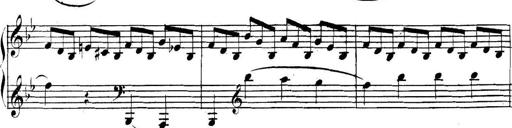
Title: Collected Piano Sonatas
Composer: Muzio Clementi